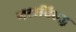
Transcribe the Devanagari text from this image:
गटाविरुद्ध